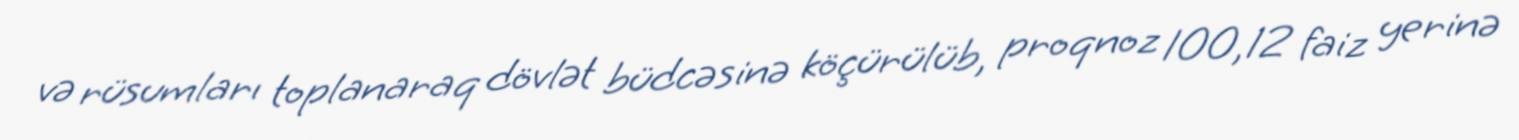
və rüsumları toplanaraq dövlət büdcəsinə köçürülüb, proqnoz 100,12 faiz yerinə